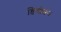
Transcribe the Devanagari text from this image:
डिवोशन